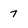
Character: 7